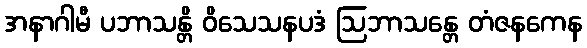
အနာဂါမီ ပဘာသန္တိ ဝိသေသနပဒံ ဩဘာသန္တေ တံဇနကေန